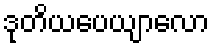
ဒုတိယပေယျာလော